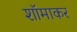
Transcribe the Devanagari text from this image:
शॉमाकर